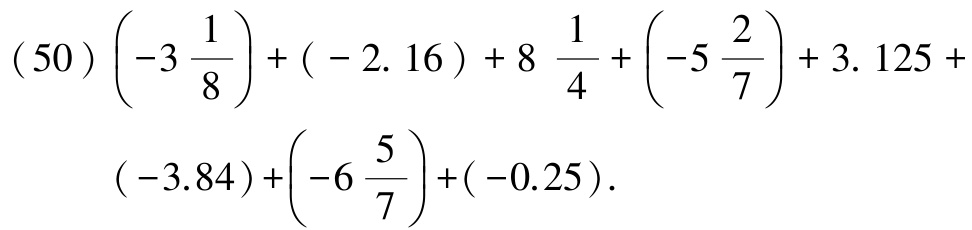
\((50)\left(-3\frac{1}{8}\right)+(-2.16)+8\frac{1}{4}+\left(-5\frac{2}{7}\right)+3.125+(-3.84)+\left(-6\frac{5}{7}\right)+(-0.25)\)